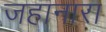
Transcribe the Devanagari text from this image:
जहानारा